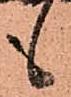
も